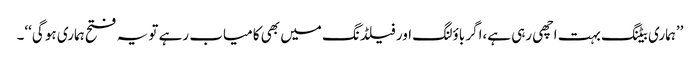
’’ہماری بیٹنگ بہت اچھی رہی ہے،اگر باؤلنگ اور فیلڈنگ میں بھی کامیاب رہے تو یہ فتح ہماری ہو گی‘‘۔